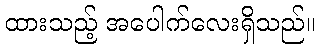
ထားသည့် အပေါက်လေးရှိသည်။